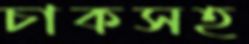
চাকসহ